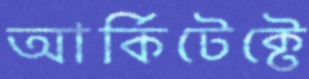
আর্কিটেক্টে